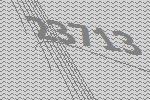
23713